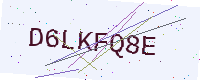
Text: D6LKFQ8E